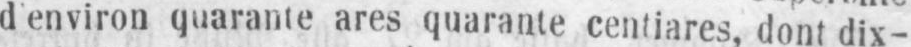
d’environ quarante ares quarante centiares, dont dix-